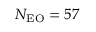
N _ { \mathrm { E O } } = 5 7